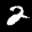
Label: 2